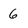
Character: 6